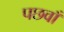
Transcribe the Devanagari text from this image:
पछवाँ